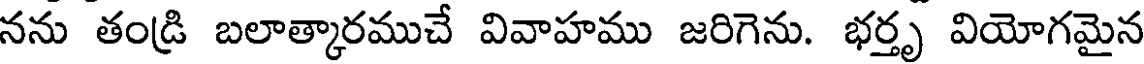
నను తండ్రి బలాత్కారముచే వివాహము జరిగెను. భర్తృ వియోగమైన